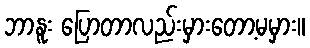
ဘာနူး ပြောတာလည်းမှားတော့မမှား။